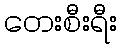
တေးစီးရီး